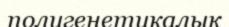
полигенетикалық